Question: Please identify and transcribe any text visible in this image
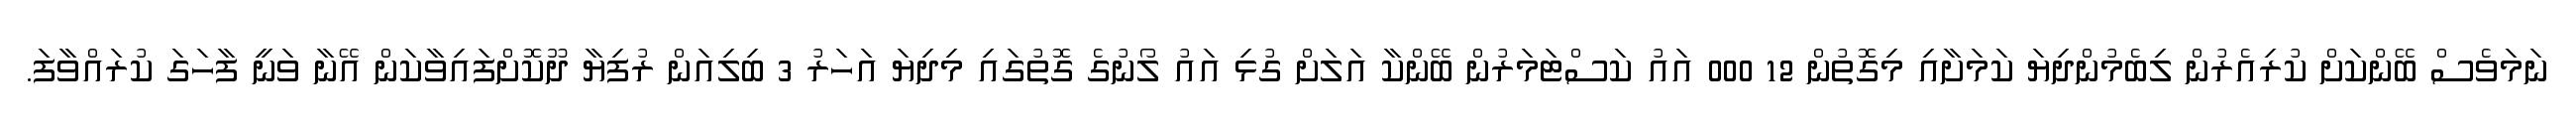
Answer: ނަމަވެސް ބޭންކަށް ކުރިއެރުން ލިބެމުންދިޔަ ކަމަށާއި މިގޮތުން 12 000 އައު ކަސްޓަމަރުން ބޭންކާ އަލަށް ގުޅި އައު ލޯނުގެ ގޮތުގައި މިދިޔަ އަހަރު 3 ބިލިއަން ރުފިޔާ ދޫކޮށްފައިވާކަން އޭނާ ވަނީ ފާހަގަ ކުރައްވާފަ.